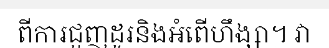
ពីការជួញដូរនិងអំពើហឹង្សា។ វា